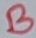
Text: B